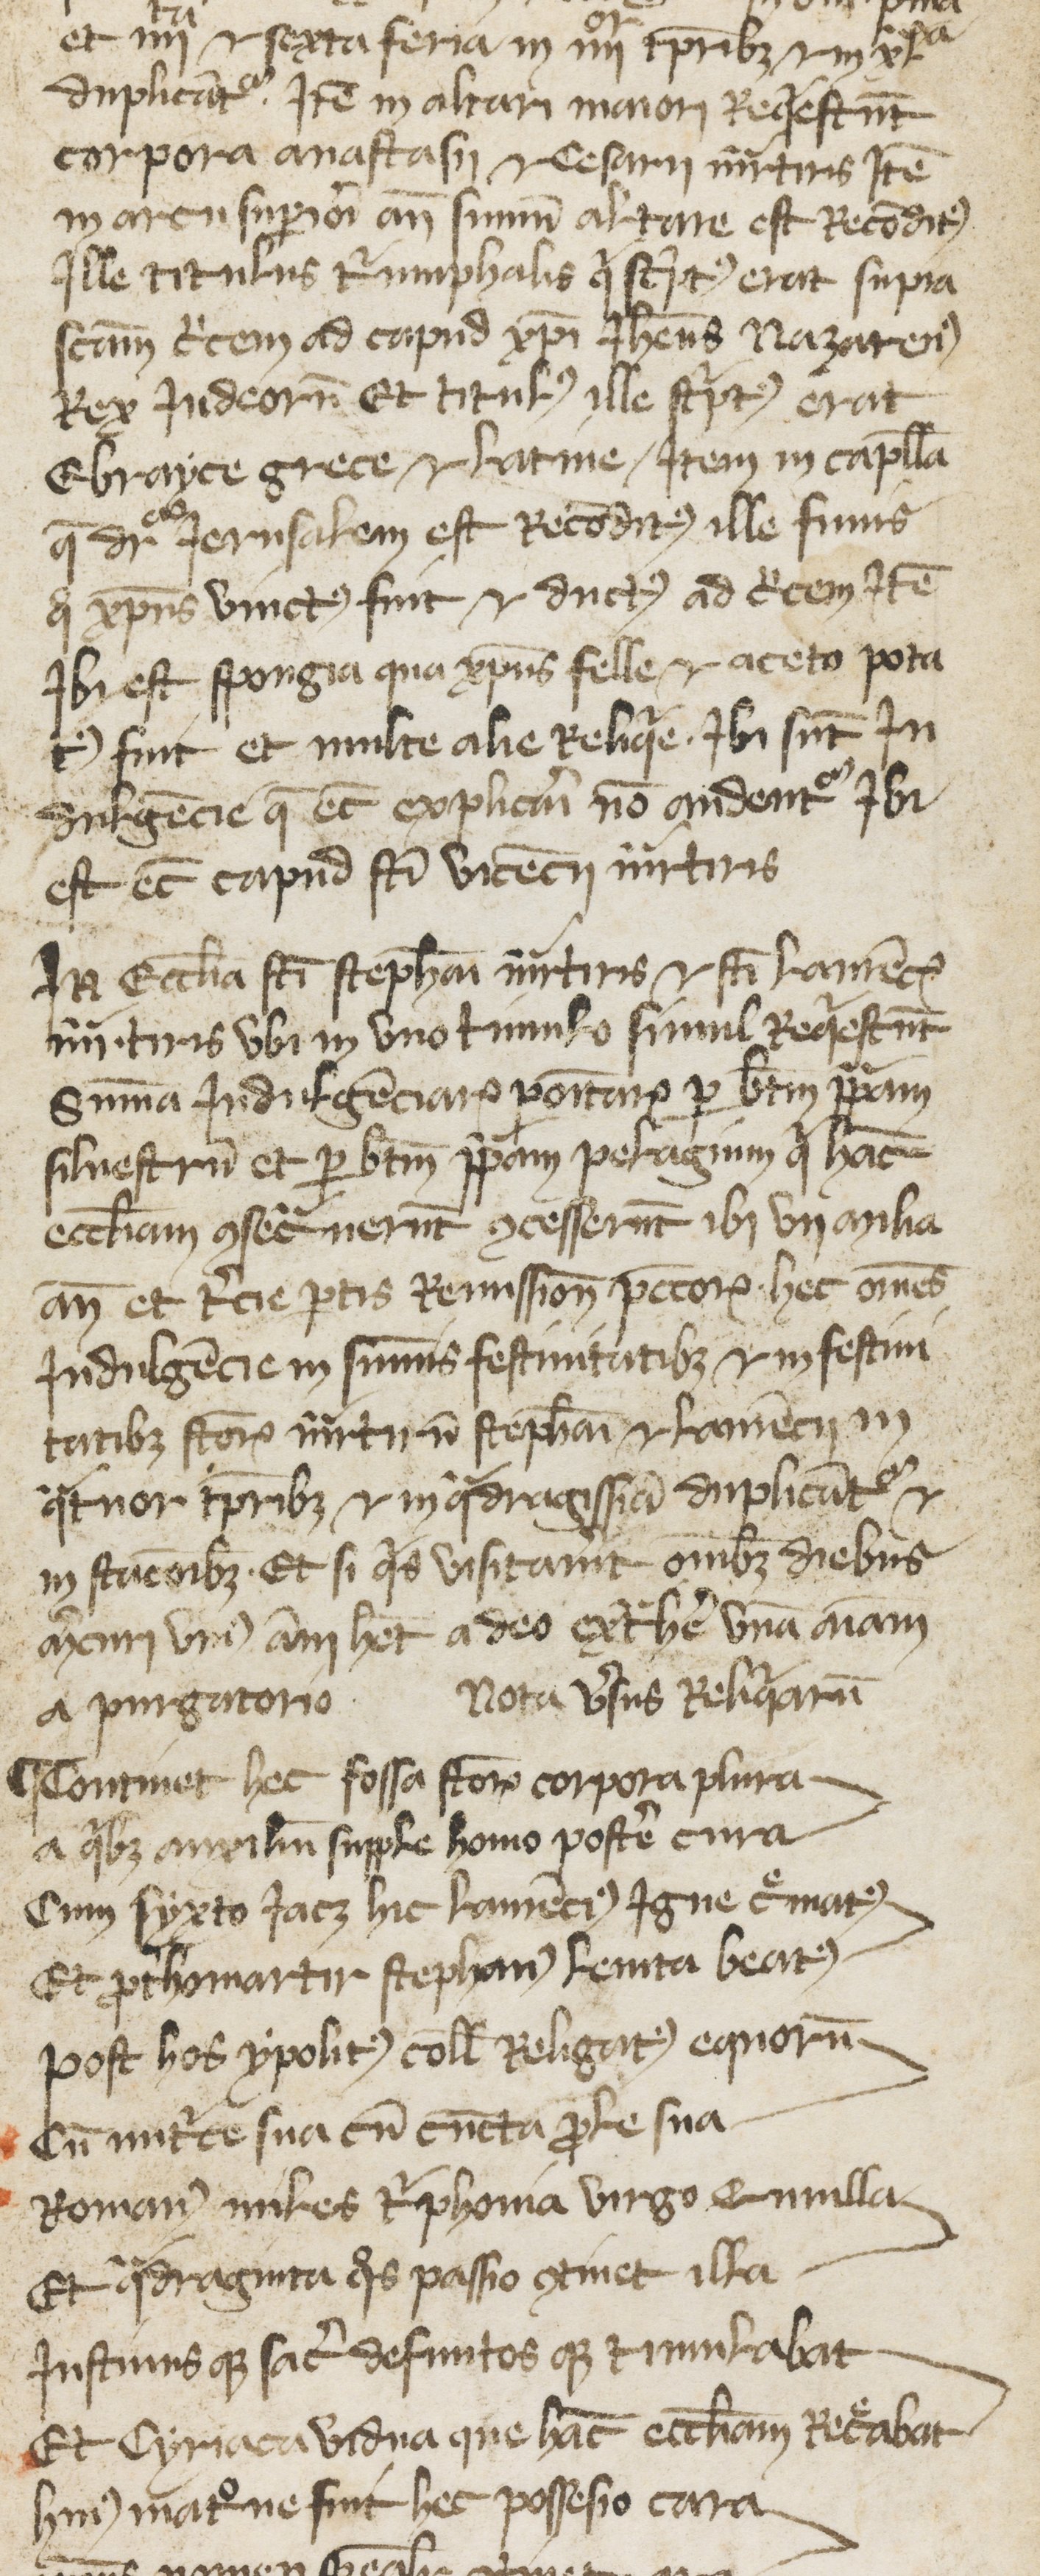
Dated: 1380–1399